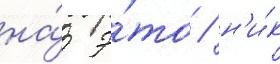
на́ э́то / н'и́к